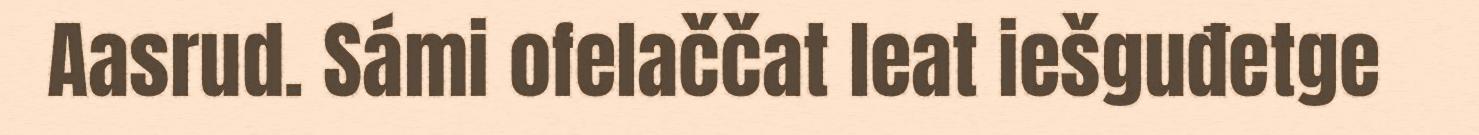
Aasrud. Sámi ofelaččat leat iešguđetge